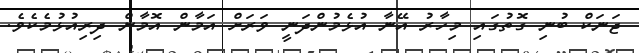
ޖަނަކް ބުނި ގޮތުގައި މިހާރު އޭނާ އުޅެމުންދަނީ ވަރަށް އަމާން އޮމާން ދިރިއުޅުމެކެވެ.